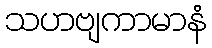
သဟဗျကာမာနံ